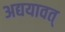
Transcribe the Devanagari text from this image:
अद्ययावत्